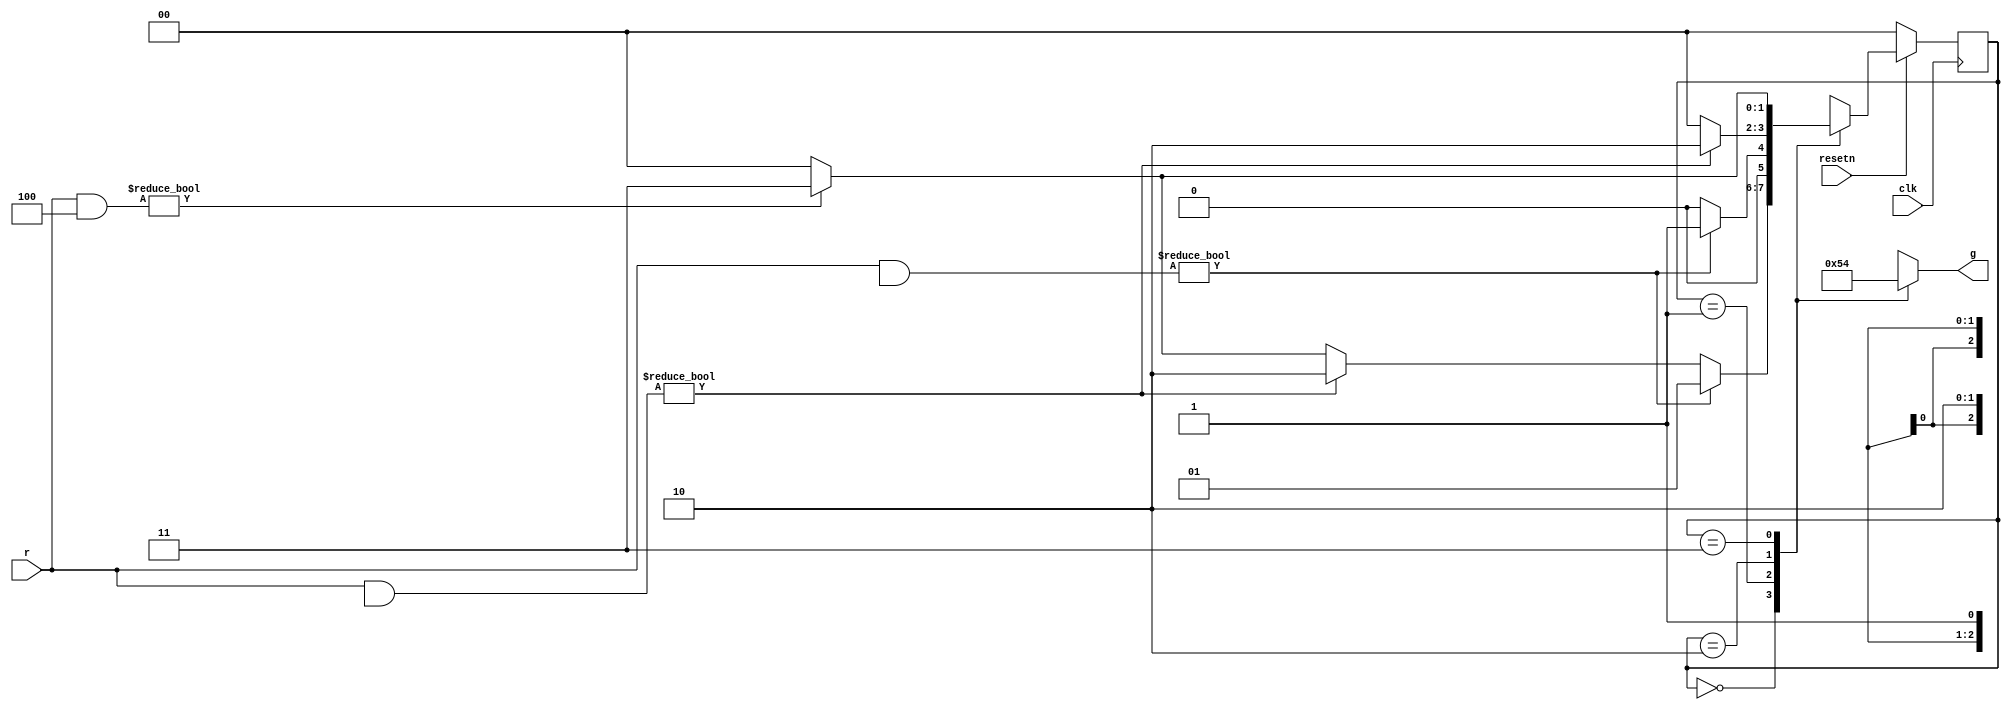
module top_module (
    input clk,
    input resetn,    // active-low synchronous reset
    input [3:1] r,   // request
    output [3:1] g   // grant
); 
    
    localparam A=2'b00, B=2'b01, C=2'b10, D=2'b11;
    reg [1:0]	current_state, next_state;
    
    wire [3:1] rone, rtwo, rthree;
    assign rone = 	r & 3'bxx1;
    assign rtwo = 	r & 3'bx10;
    assign rthree = r & 3'b100;
    
    always @ ( * ) begin
        next_state = A;
        case ( current_state )
            A:	next_state = rone 	? B : ( rtwo ? C : ( rthree ? D : A));
            B:	next_state = rone 	? B : A;
            C:	next_state = rtwo 	? C : A;
            D:	next_state = rthree ? D : A;
        endcase
    end
    
	always @ ( * ) begin
        g = 3'b000;
        case ( current_state )
            A:	g = 3'b000;
            B:	g = 3'b001;
            C:	g = 3'b010;
            D:	g = 3'b100;
        endcase
    end
    
    always @ ( posedge clk ) begin
        if ( !resetn )
            current_state <= A;
        else
            current_state <= next_state;
    end
endmodule